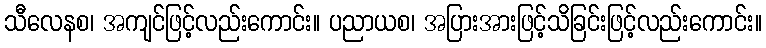
သီလေနစ၊ အကျင်ဖြင့်လည်းကောင်း။ ပညာယစ၊ အပြားအားဖြင့်သိခြင်းဖြင့်လည်းကောင်း။